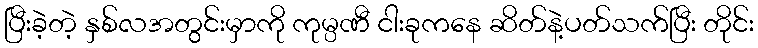
ပြီးခဲ့တဲ့ နှစ်လအတွင်းမှာကို ကုမ္ပဏီ ငါးခုကနေ ဆိတ်နဲ့ပတ်သက်ပြီး တိုင်း